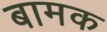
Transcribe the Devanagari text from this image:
बामक